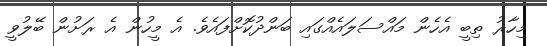
މިހާރު ތިބީ އެހެން މައްސަލައެއްގައި ބަންދުކޮށްފައެވެ. އެ މީހުން އެ ރަށުން ބޭލުވީ